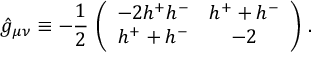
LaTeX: \hat { g } _ { \mu \nu } \equiv - \frac 1 2 \, \left( \begin{array} { c c } { { - 2 h ^ { + } h ^ { - } } } & { { h ^ { + } + h ^ { - } } } \\ { { h ^ { + } + h ^ { - } } } & { { - 2 } } \end{array} \right) \, .